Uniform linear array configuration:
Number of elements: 8
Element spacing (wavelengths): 0.5
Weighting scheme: uniform
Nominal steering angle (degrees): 30
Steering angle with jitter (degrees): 30.166
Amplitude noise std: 0.05
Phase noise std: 0.05

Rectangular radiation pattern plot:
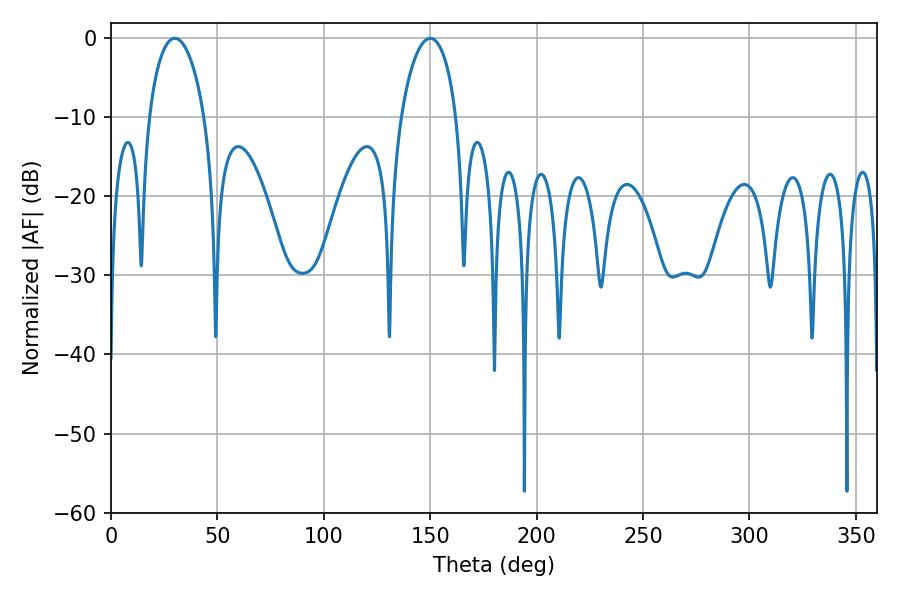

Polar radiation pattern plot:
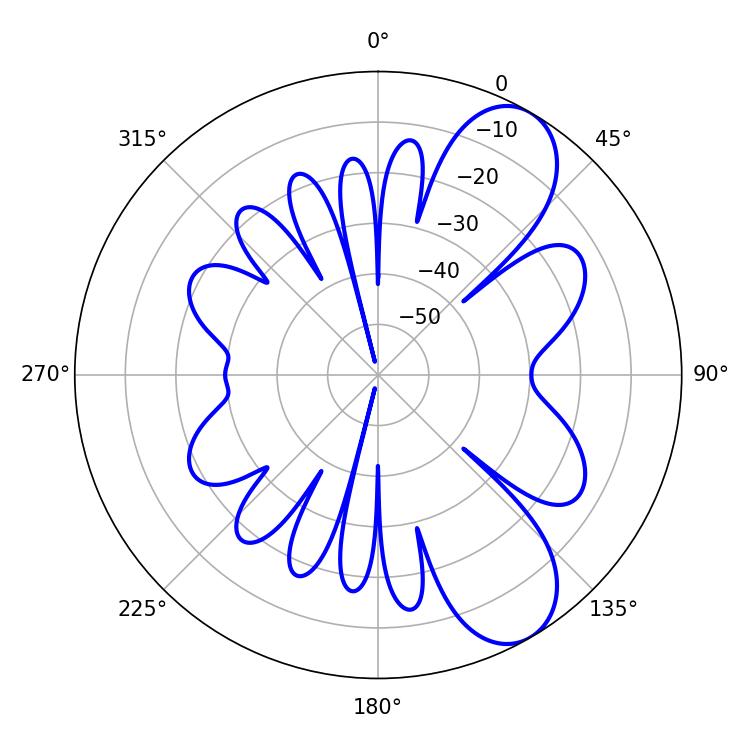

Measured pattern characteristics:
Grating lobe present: FALSE
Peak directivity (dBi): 8.526
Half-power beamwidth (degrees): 14.94
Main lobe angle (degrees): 30.06